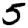
Digit: 5